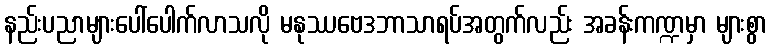
နည်းပညာများပေါ်ပေါက်လာသလို မနုဿဗေဒဘာသာရပ်အတွက်လည်း အခန်းကဏ္ဍမှာ များစွာ